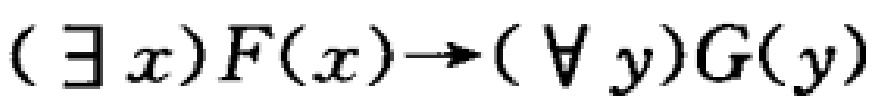
$(\exists x)F(x)\to(\forall y)G(y)$